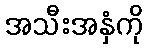
အသီးအနှံကို